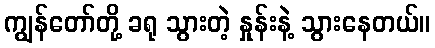
ကျွန်တော်တို့ ခရု သွားတဲ့ နှုန်းနဲ့ သွားနေတယ်။